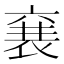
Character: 㐮